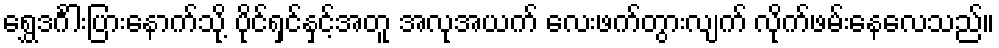
ရွှေဒင်္ဂါးပြားနောက်သို့ ပိုင်ရှင်နှင့်အတူ အလုအယက် လေးဖက်တွားလျက် လိုက်ဖမ်းနေလေသည်။